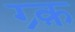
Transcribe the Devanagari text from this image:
ग्र्क़